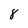
Character: 8